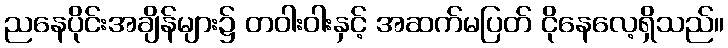
ညနေပိုင်းအချိန်များ၌ တဝါးဝါးနှင့် အဆက်မပြတ် ငိုနေလေ့ရှိသည်။